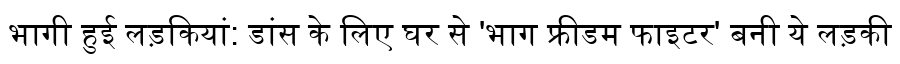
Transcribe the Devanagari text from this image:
भागी हुई लड़कियां: डांस के लिए घर से 'भाग फ्रीडम फाइटर' बनी ये लड़की